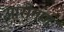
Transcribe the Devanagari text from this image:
आरोगण